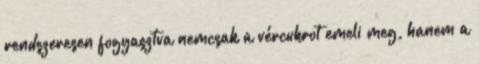
rendszeresen fogyasztva nemcsak a vércukrot emeli meg, hanem a